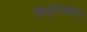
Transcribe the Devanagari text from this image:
प्रीयूनिवर्सिटी